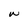
Character: W